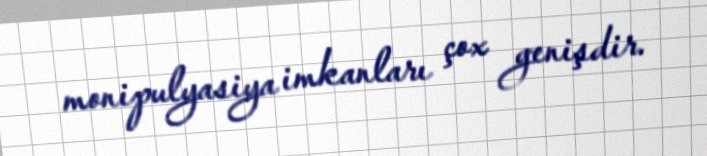
monipulyasiya imkanları çox genişdir.